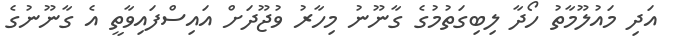
އަދި މައުލޫމާތު ހޯދާ ލިބިގަތުމުގެ ގާނޫނު މިހާރު ވުޖޫދަށް އައިސްފައިވާތީ އެ ގާނޫނުގެ